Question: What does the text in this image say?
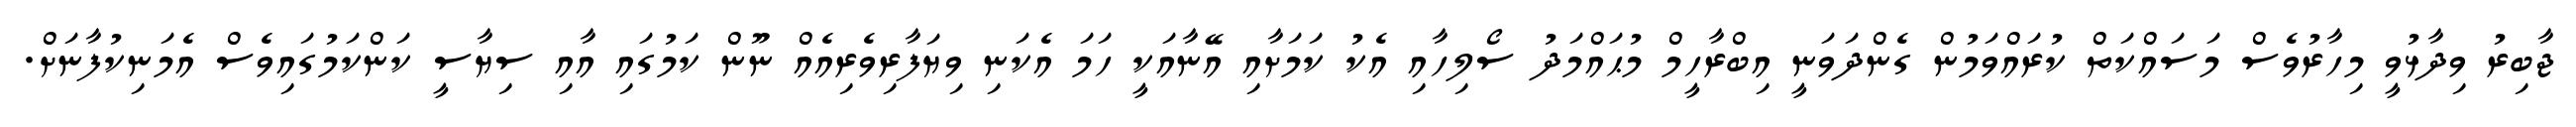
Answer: ޖާބިރު ވިދާޅުވީ މިހާރުވެސް މަސައްކަތް ކުރައްވަމުން ގެންދަވަނީ އިބްރާހީމް މުޙައްމަދު ސޯލިހާއި އެކު ކަމަށާއި އޭނާއަކީ ހަމަ އެކަނި ވިޔަފާރިވެރިއެއް ނޫން ކަމުގައި އާއި ސިޔާސީ ކަންކަމުގައިވެސް އެމަނިކުފާނަށް.